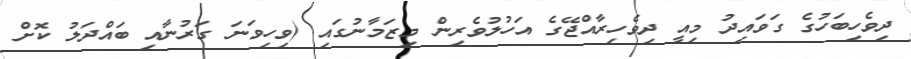
ދިވެހިބަހުގެ ގަވައިދު މިއީ ދިވެހިރާއްޖޭގެ އަހުލުވެރިން މިޒަމާނުގައި (ވިހިވަނަ ގަރުނާއި ބައްދަލު ކޮށް